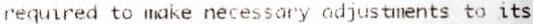
REQUIRED TO MAKE NECESSARY ADJUSTMENTS TO ITS